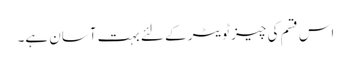
اس قسم کی چیز ٹویٹر کے لئے بہت آسان ہے۔